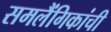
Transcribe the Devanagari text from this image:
समलैंगिकांची